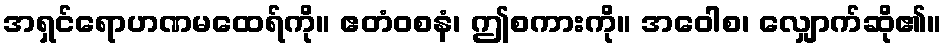
အရှင်ရောဟဏမထေရ်ကို။ ဧတံဝစနံ၊ ဤစကားကို။ အဝေါစ၊ လျှောက်ဆို၏။